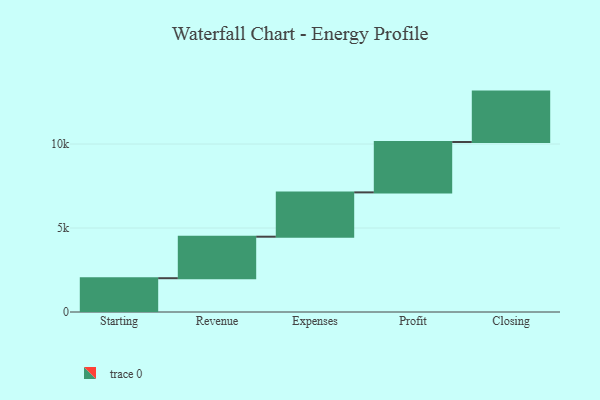
{"axis": {"x": "Step", "y": "Value"}, "legend": [""], "data": [{"x": "Starting", "y": 2012.0, "type": ""}, {"x": "Revenue", "y": 2471.0, "type": ""}, {"x": "Expenses", "y": 2639.0, "type": ""}, {"x": "Profit", "y": 3000, "type": ""}, {"x": "Closing", "y": 3000, "type": ""}]}